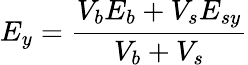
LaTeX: E_{y}=\frac{V_{b}E_{b}+V_{s}E_{sy}}{V_{b}+V_{s}}